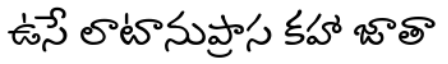
ఉసే లాటానుప్రాస కహా జాతా